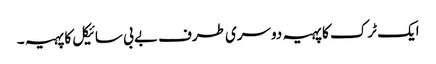
ایک ٹرک کا پہیہ دوسری طرف بے بی سائیکل کا پہیہ ۔